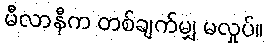
မီလာနီက တစ်ချက်မျှ မလှုပ်။